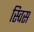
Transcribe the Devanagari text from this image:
स्‍विस